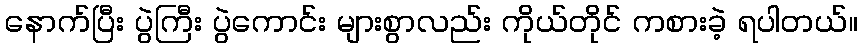
နောက်ပြီး ပွဲကြီး ပွဲကောင်း များစွာလည်း ကိုယ်တိုင် ကစားခဲ့ ရပါတယ်။